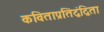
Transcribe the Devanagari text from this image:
कविताप्रतिद्वंद्विता